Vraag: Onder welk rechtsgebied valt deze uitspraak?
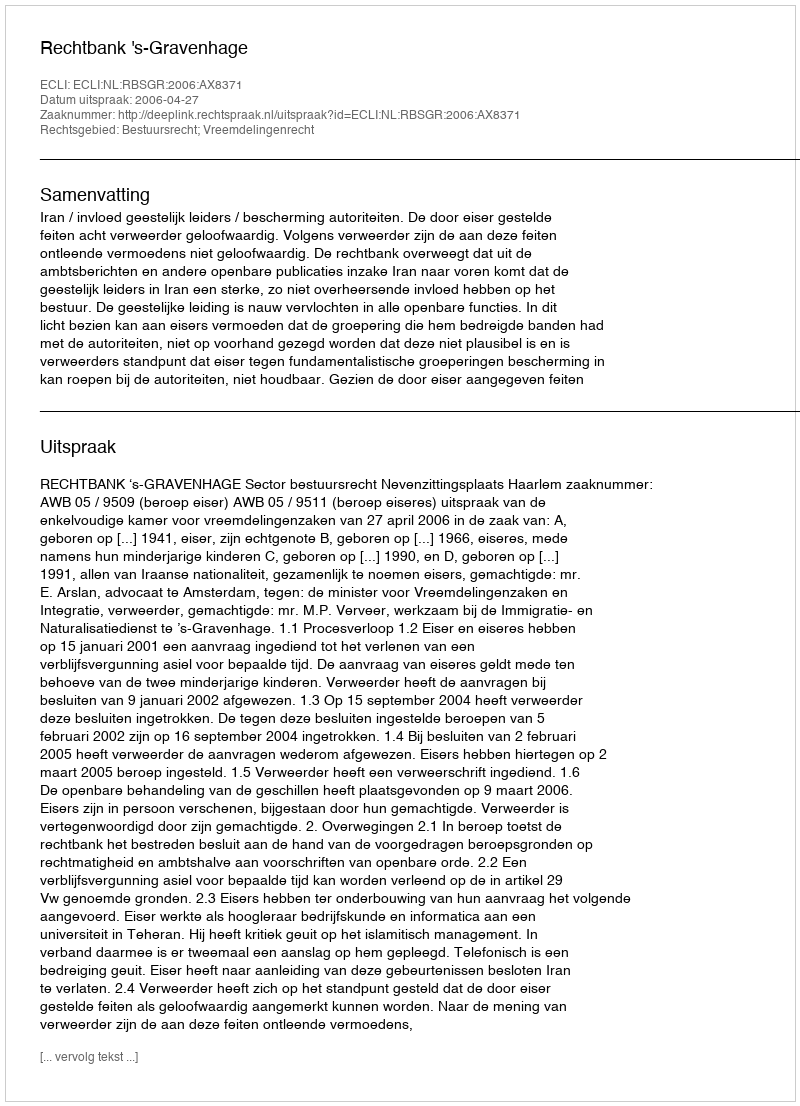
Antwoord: Bestuursrecht; Vreemdelingenrecht